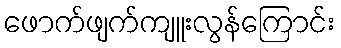
ဖောက်ဖျက်ကျူးလွန်ကြောင်း